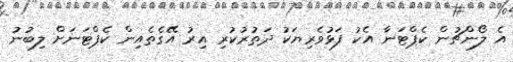
އެ ލޯންޗުން ކެޕްޓަނާ އެކު ފަޅުވެރިޔަކު ދަތުރުކުރި އިރު އޭގެތެއިން ކެޕްޓަނަށް ލިބުނު